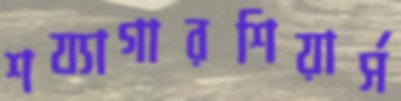
শয্যাগারশিয়ার্স